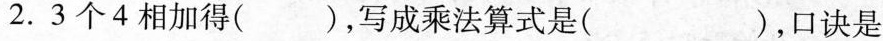
2.3个4相加得( )，写成乘法算式是( )，口诀是